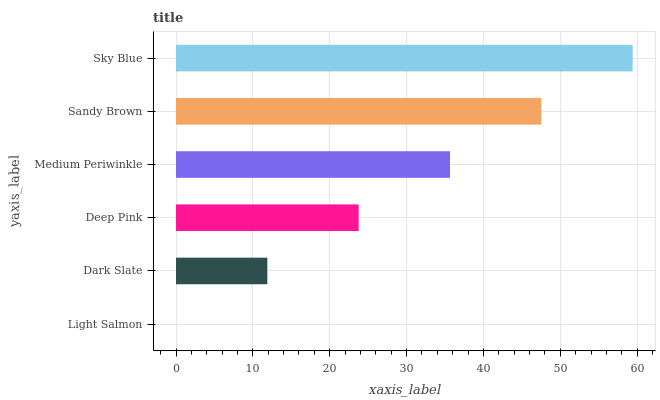
| yaxis_label | bars |
 | --- | --- |
 | Light Salmon | 0 |
 | Dark Slate | 11.9 |
 | Deep Pink | 23.8 |
 | Medium Periwinkle | 35.6 |
 | Sandy Brown | 47.5 |
 | Sky Blue | 59.4 |